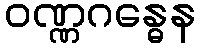
ဝဏ္ဏဂန္ဓေန